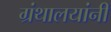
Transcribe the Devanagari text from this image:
ग्रंथालयांनी